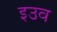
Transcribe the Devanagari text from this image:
इउव